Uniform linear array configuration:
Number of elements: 48
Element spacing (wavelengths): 0.75
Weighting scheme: kaiser
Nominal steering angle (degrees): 45
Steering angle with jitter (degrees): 46.827
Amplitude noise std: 0.05
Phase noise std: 0.05

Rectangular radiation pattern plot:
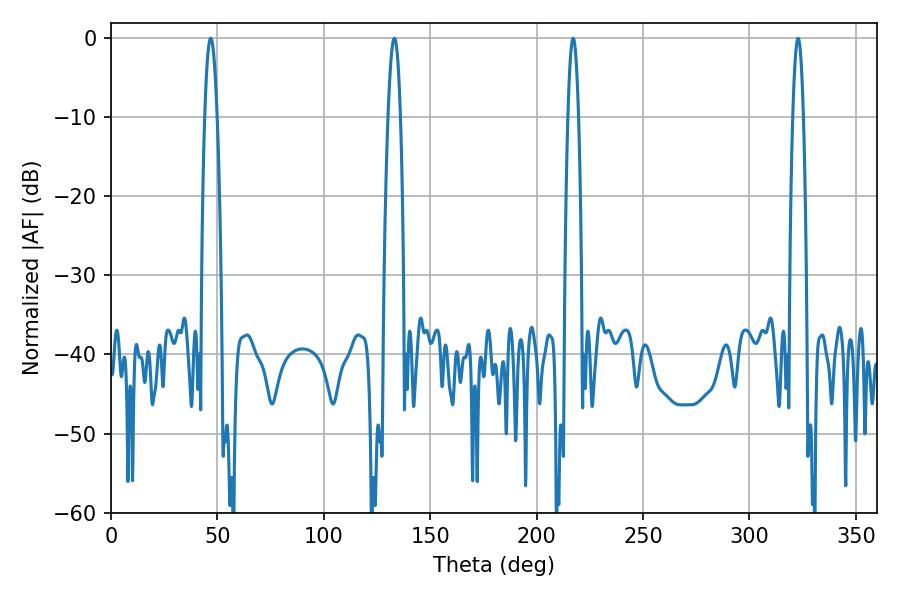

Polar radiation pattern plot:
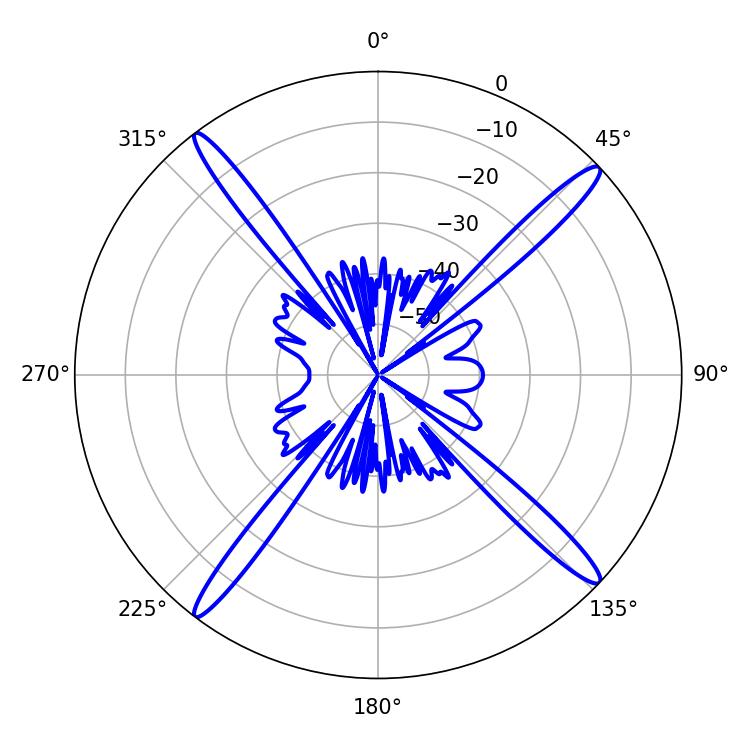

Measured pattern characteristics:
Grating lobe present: TRUE
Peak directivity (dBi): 18.887
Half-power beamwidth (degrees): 3.06
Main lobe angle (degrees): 46.8